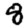
Digit: 8